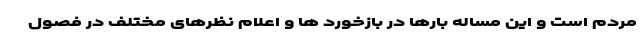
مردم است و این مساله بارها در بازخورد ها و اعلام نظرهای مختلف در فصول